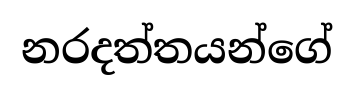
නරදත්තයන්ගේ